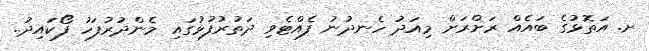
ށ. އަތޮޅުގެ ބައެއް ރަށްރަށް މިއަދު ހެނދުނު ފެއްޓެވި ދަތުރުފުޅުގައި މެންދުރުފަހު ފޯކައިދު..